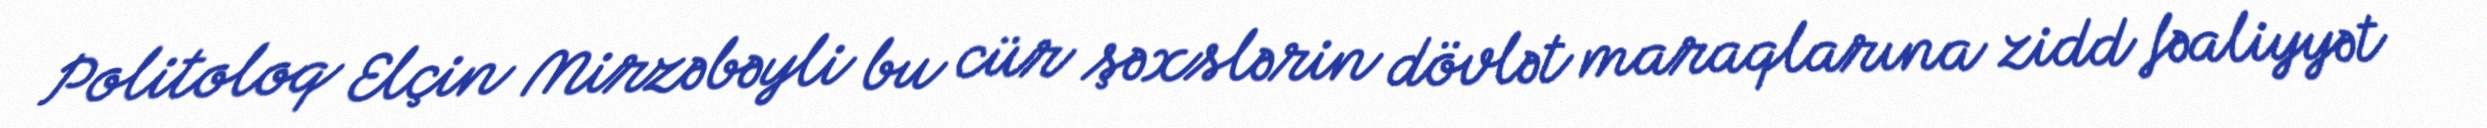
Politoloq Elçin Mirzəbəyli bu cür şəxslərin dövlət maraqlarına zidd fəaliyyət